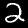
Digit: 2